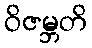
ဝိဇမ္ဘတိ